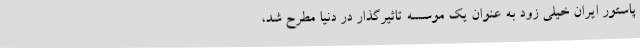
پاستور ایران خیلی زود به عنوان یک موسسه تاثیرگذار در دنیا مطرح شد،